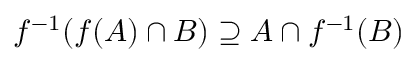
f ^ { - 1 } ( f ( A ) \cap B ) \supseteq A \cap f ^ { - 1 } ( B )